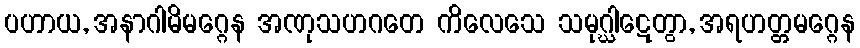
ပဟာယ, အနာဂါမိမဂ္ဂေန အဏုသဟဂတေ ကိလေသေ သမုဂ္ဃါဋေတွာ, အရဟတ္တမဂ္ဂေန